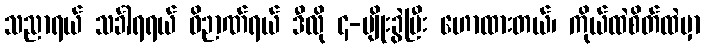
သညာရယ် သင်္ခါရရယ် ဝိဉာဏ်ရယ် ဒီလို ၄-မျိုးခွဲပြီး ဟောထားတယ်၊ ကိုယ်ထဲစိတ်ထဲမှာ